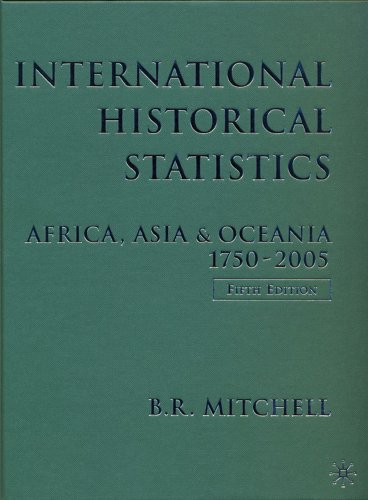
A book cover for International Historical Statistics: Africa, Asia and Oceania, 1750-2005; Brian R. Mitchell; History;